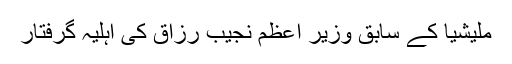
ملیشیا کے سابق وزیر اعظم نجیب رزاق کی اہلیہ گرفتار